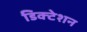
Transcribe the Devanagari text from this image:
डिक्‍टेशन